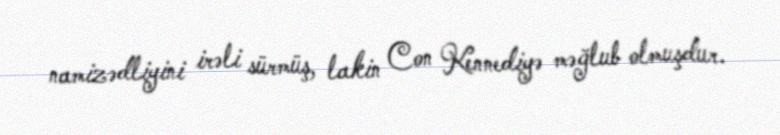
namizədliyini irəli sürmüş, lakin Con Kennediyə məğlub olmuşdur.